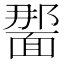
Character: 𫖂